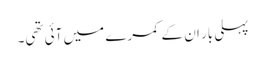
پہلی بار ان کے کمرے میں آئی تھی۔